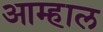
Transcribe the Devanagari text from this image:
आम्हाल